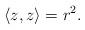
LaTeX: \begin{align*}\langle z,z\rangle=r^2.\end{align*}